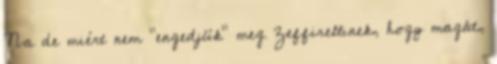
Na de miért nem "engedjük" meg Zeffirellinek, hogy magát,